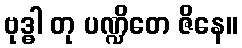
ဗုဒ္ဓါ တု ပဏ္ဍိတေ ဇိနေ။